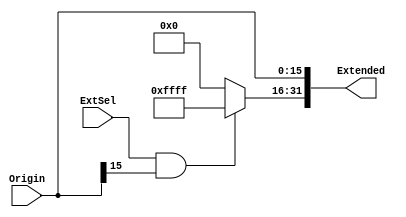
`timescale 1ns / 1ps

module SZE(
    input ExtSel,
    input [15:0] Origin,
    output [31:0] Extended
);

    assign Extended[15:0] = Origin[15:0];
    assign Extended[31:16] = (ExtSel && Origin[15]) ? 16'hffff : 16'h0000;

endmodule